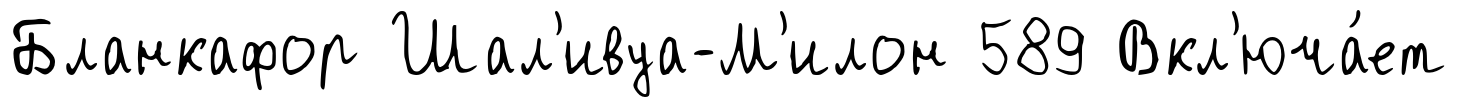
Бланкафор Шал'ивуа-М'илон 589 Вкл'юча́ет